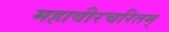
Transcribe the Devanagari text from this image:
महावीरचरितम्